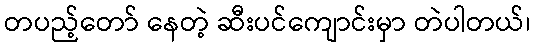
တပည့်တော် နေတဲ့ ဆီးပင်ကျောင်းမှာ တဲပါတယ်၊